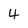
Character: 4